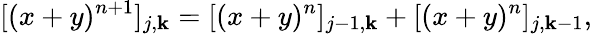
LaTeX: [(x+y)^{n+1}]_{j,\mathbf{k}}=[(x+y)^{n}]_{j-1,\mathbf{k}}+[(x+y)^{n}]_{j,\mathbf{k}-1},